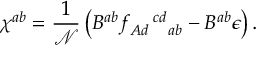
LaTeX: \chi ^ { a b } = \frac { 1 } { \mathcal { N } } \left( B ^ { a b } f _ { A d \, \, \, \, \, \, \, \, a b } ^ { \, \, \, \, \, \, \, \, \, c d } - B ^ { a b } \epsilon \right) .